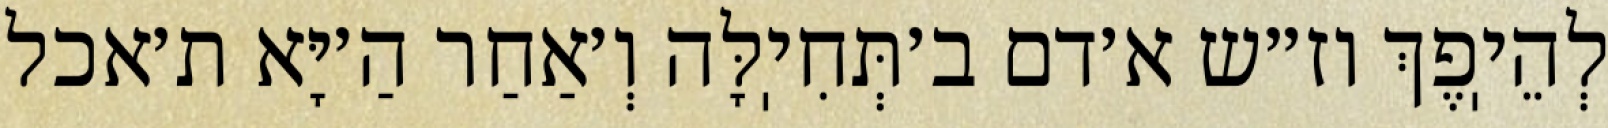
לְהֵיֽפֶךְ וז״ש א׳דם ב׳תְּחִיֽלָּה וְ׳אַחַר הַ׳יָּא ת׳אכל